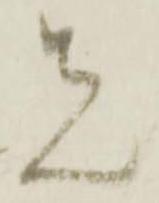
先